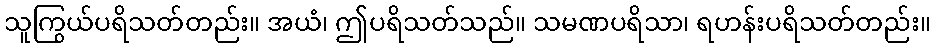
သူကြွယ်ပရိသတ်တည်း။ အယံ၊ ဤပရိသတ်သည်။ သမဏပရိသာ၊ ရဟန်းပရိသတ်တည်း။